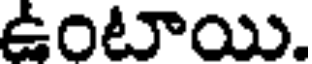
ఉంటాయి.